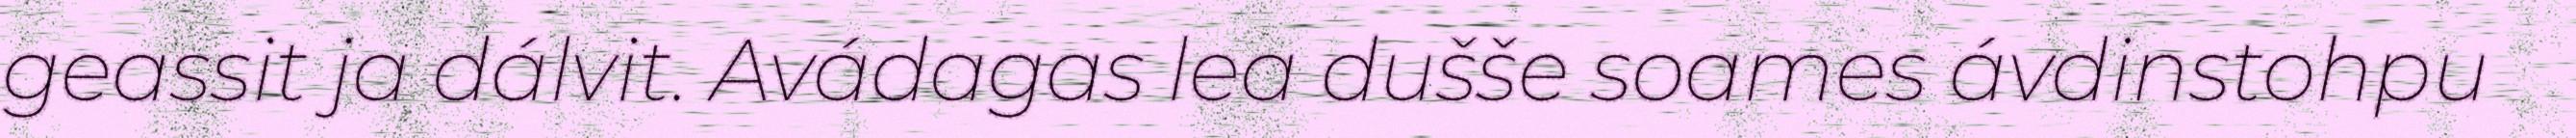
geassit ja dálvit. Avádagas lea dušše soames ávdinstohpu